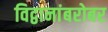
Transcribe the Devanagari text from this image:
विद्वानांबरोबर